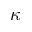
\kappa